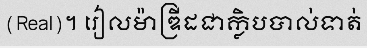
(Real)។ រៀលម៉ាឌ្រីដជាក្លិបបាល់ទាត់